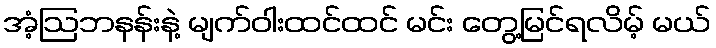
အံ့ဩဘနန်းနဲ့ မျက်ဝါးထင်ထင် မင်း တွေ့မြင်ရလိမ့် မယ်